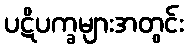
ပဋိပက္ခများအတွင်း